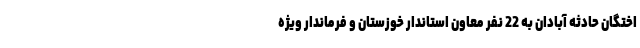
اختگان حادثه آبادان به 22 نفر معاون استاندار خوزستان و فرماندار ویژه